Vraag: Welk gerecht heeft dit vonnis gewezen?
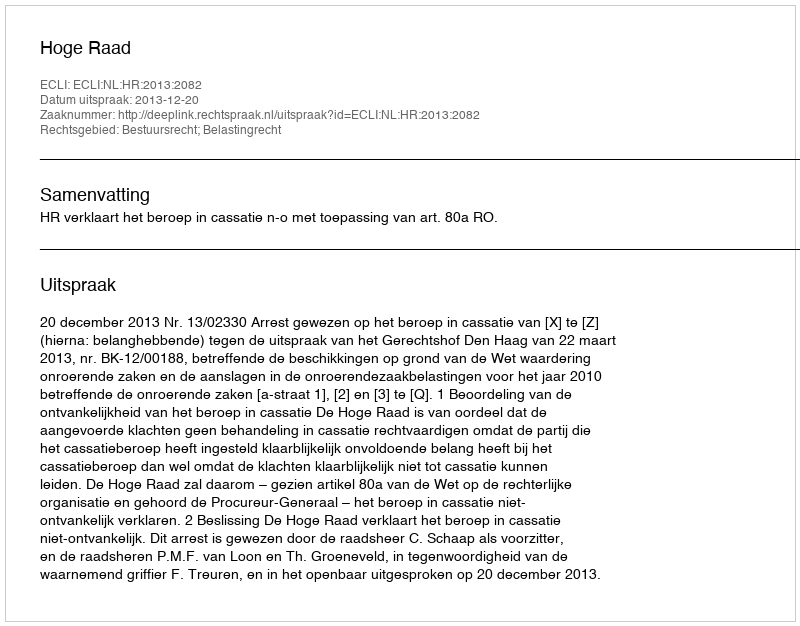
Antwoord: Hoge Raad